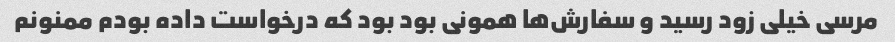
مرسی خیلی زود رسید و سفارش‌ها همونی بود بود که درخواست داده بودم ممنونم